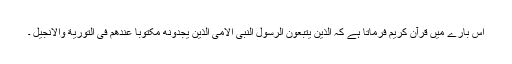
اس بارے میں قرآن کریم فرماتا ہے کہ الذین یتبعون الرسول النبی الامی الذین یجدونه مکتوباً عندهم فی التوریة والانجیل ۔